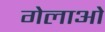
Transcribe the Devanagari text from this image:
गेलाओ